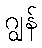
ဂျွန်